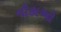
નૌકાઓ